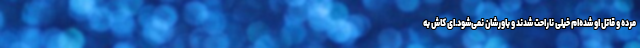
مرده و قاتل او شده‌ام خیلی ناراحت شدند و باورشان نمی‌شود.‌ای کاش به